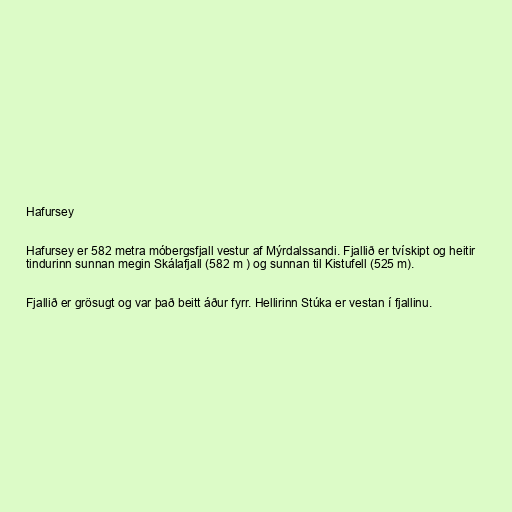
Hafursey

Hafursey er 582 metra móbergsfjall vestur af Mýrdalssandi. Fjallið er tvískipt og heitir
tindurinn sunnan megin Skálafjall (582 m ) og sunnan til Kistufell (525 m).

Fjallið er grösugt og var það beitt áður fyrr. Hellirinn Stúka er vestan í fjallinu.